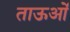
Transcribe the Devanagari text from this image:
ताऊओं